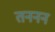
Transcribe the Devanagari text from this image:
तननन